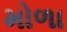
મોળા